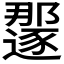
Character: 𫑏